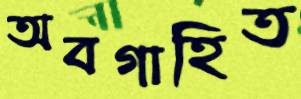
অবগাহিত